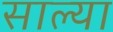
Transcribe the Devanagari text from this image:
साल्या